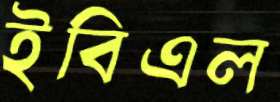
ইবিএল